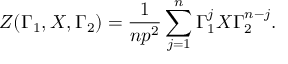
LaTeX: Z ( \Gamma _ { 1 } , X , \Gamma _ { 2 } ) = \frac { 1 } { n p ^ { 2 } } \sum _ { j = 1 } ^ { n } \Gamma _ { 1 } ^ { j } X \Gamma _ { 2 } ^ { n - j } .